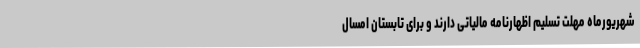
شهریورماه مهلت تسلیم اظهارنامه مالیاتی دارند و برای تابستان امسال